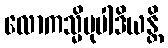
လောကသ္မိမုပါဒိယန္တိ